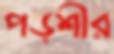
পড়শীর